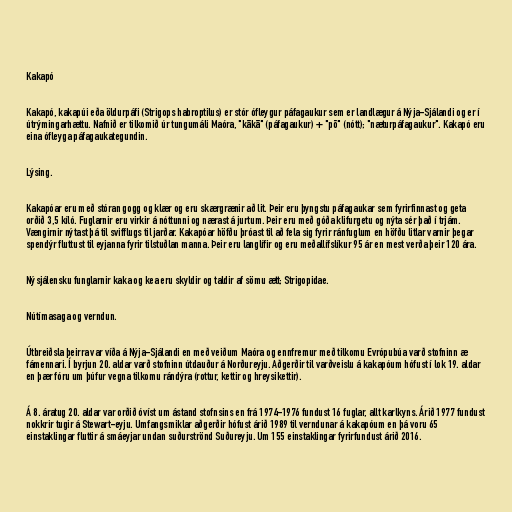
Kakapó

Kakapó, kakapúi eða öldurpáfi (Strigops habroptilus) er stór ófleygur páfagaukur sem er landlægur á Nýja-Sjálandi og er í
útrýmingarhættu. Nafnið er tilkomið úr tungumáli Maóra, "kākā" (páfagaukur) + "pō" (nótt); "næturpáfagaukur". Kakapó eru
eina ófleyga páfagaukategundin.

Lýsing.

Kakapóar eru með stóran gogg og klær og eru skærgrænir að lit. Þeir eru þyngstu páfagaukar sem fyrirfinnast og geta
orðið 3,5 kíló. Fuglarnir eru virkir á nóttunni og nærast á jurtum. Þeir eru með góða klifurgetu og nýta sér það í trjám.
Vængirnir nýtast þá til svifflugs til jarðar. Kakapóar höfðu þróast til að fela sig fyrir ránfuglum en höfðu litlar varnir þegar
spendýr fluttust til eyjanna fyrir tilstuðlan manna. Þeir eru langlífir og eru meðallífslíkur 95 ár en mest verða þeir 120 ára.

Nýsjálensku funglarnir kaka og kea eru skyldir og taldir af sömu ætt; Strigopidae.

Nútímasaga og verndun.

Útbreiðsla þeirra var víða á Nýja-Sjálandi en með veiðum Maóra og ennfremur með tilkomu Evrópubúa varð stofninn æ
fámennari. Í byrjun 20. aldar varð stofninn útdauður á Norðureyju. Aðgerðir til varðveislu á kakapóum hófust í lok 19. aldar
en þær fóru um þúfur vegna tilkomu rándýra (rottur, kettir og hreysikettir).

Á 8. áratug 20. aldar var orðið óvíst um ástand stofnsins en frá 1974-1976 fundust 16 fuglar, allt karlkyns. Árið 1977 fundust
nokkrir tugir á Stewart-eyju. Umfangsmiklar aðgerðir hófust árið 1989 til verndunar á kakapóum en þá voru 65
einstaklingar fluttir á smáeyjar undan suðurströnd Suðureyju. Um 155 einstaklingar fyrirfundust árið 2016.